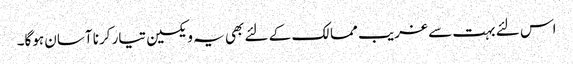
اس لئے بہت سے غریب ممالک کے لئے بھی یہ ویکسین تیار کرنا آسان ہوگا۔